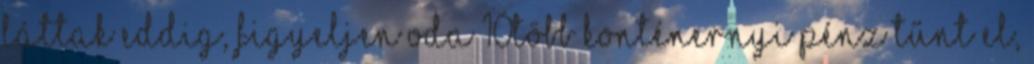
láttak eddig, figyeljen oda 10Több konténernyi pénz tűnt el,